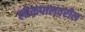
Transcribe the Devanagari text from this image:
लोकपालवरील